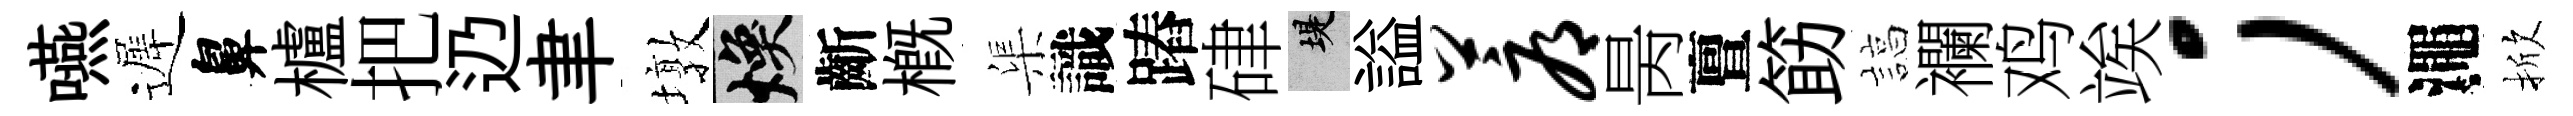
嚥遲鼻櫨把辸聿墩焕齗槪渠識蹖硉堤謚蓐昺亶筯諄襴鸡竢；澠掀